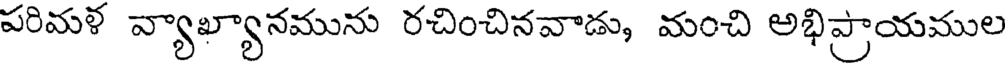
పరిమళ వ్యాఖ్యానమును రచించినవాడు, మంచి అభిప్రాయముల